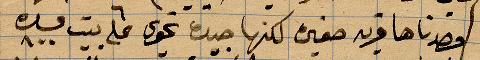
قصدناها قريه صغيره لكنها جيدة نحوى ٦ كلم بين ...